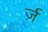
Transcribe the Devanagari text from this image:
र्ज़